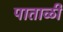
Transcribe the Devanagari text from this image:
पाताळीं